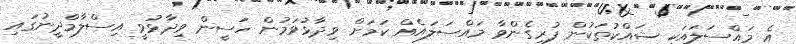
އެ މައްސަލައަކީ ޝައްކުތަކުން ފުރިގެންވާ މައްސަލައެއް ކަމަށް ވިދާޅުވަމުން ހަސީން ވިދާޅުވީ އިސްލާމްދީނުގައި